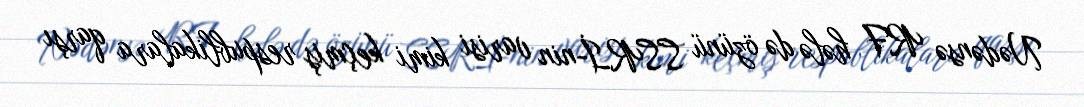
Nədənsə RF hələ də özünü SSRİ-nin varisi kimi keçmiş respublikalara qarşı